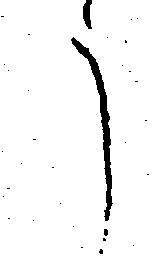
う